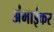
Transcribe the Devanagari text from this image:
अंभाईकर